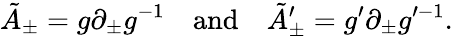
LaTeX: \tilde{A}_{\pm}=g\partial_{\pm}g^{-1}\quad\mathrm{and}\quad\tilde{A}_{\pm}^{\prime}=g^{\prime}\partial_{\pm}g^{\prime-1}.